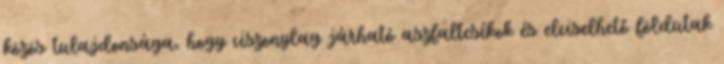
közös tulajdonsága, hogy viszonylag járható aszfaltcsíkok és elviselhető földutak